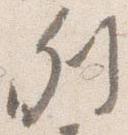
列